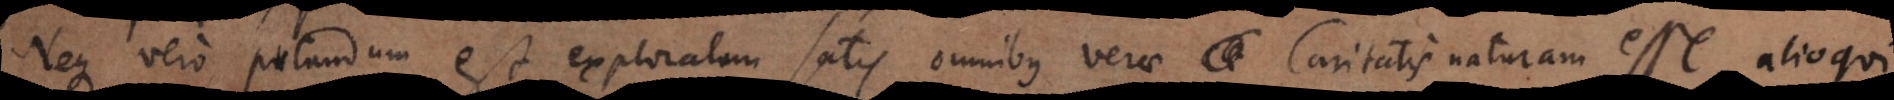
c vero putandum est exploratam satis omnibus verae Caritatis naturam esse, alioqui